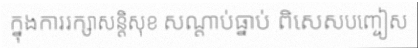
ក្នុងការរក្សាសន្តិសុខ សណ្តាប់ធ្នាប់ ពិសេសបញ្ចៀស